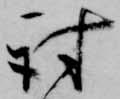
討